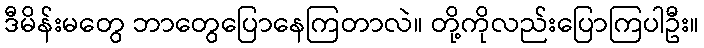
ဒီမိန်းမတွေ ဘာတွေပြောနေကြတာလဲ။ တို့ကိုလည်းပြောကြပါဦး။